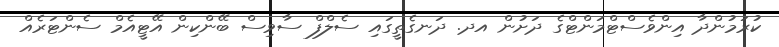
ކުރަމުންދާ އިންވެސްޓްމަންޓްގެ ދަށުން އދ. ދަނގެތީގައި ސެލްފް ސާވިސް ބޭންކިން އޭޓީއެމް ސެންޓަރެއް